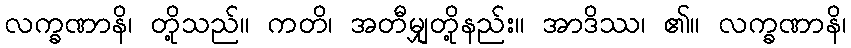
လက္ခဏာနိ၊ တို့သည်။ ကတိ၊ အတီမျှတို့နည်း။ အာဒိဿ၊ ၏။ လက္ခဏာနိ၊